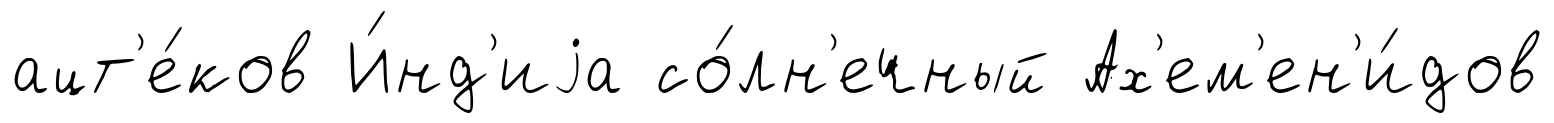
ацт'е́ков И́нд'иjа со́лн'ечный Ах'ем'ен'и́дов